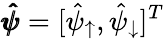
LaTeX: \pmb{\hat{\psi}}=[\hat{\psi}_{\uparrow},\hat{\psi}_{\downarrow}]^{T}